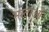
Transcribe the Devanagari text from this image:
भाटाओं